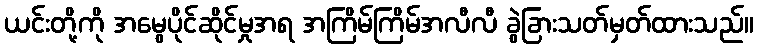
ယင်းတို့ကို အမွေပိုင်ဆိုင်မှုအရ အကြိမ်ကြိမ်အလီလီ ခွဲခြားသတ်မှတ်ထားသည်။